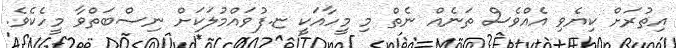
އިތުރަށް ކިޔެވި އެއްވެސް ތަނެއް ނެތް މި މީހާއަކީ ޏ.ފުވައްމުލަކަށް ނިސްބަތްވާ މީހެކެވެ.